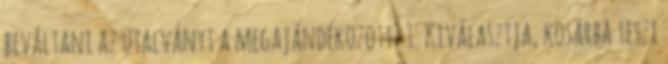
beváltani az utalványt a megajándékozott? 1. Kiválasztja, kosárba teszi